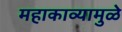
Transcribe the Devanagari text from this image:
महाकाव्यामुळे